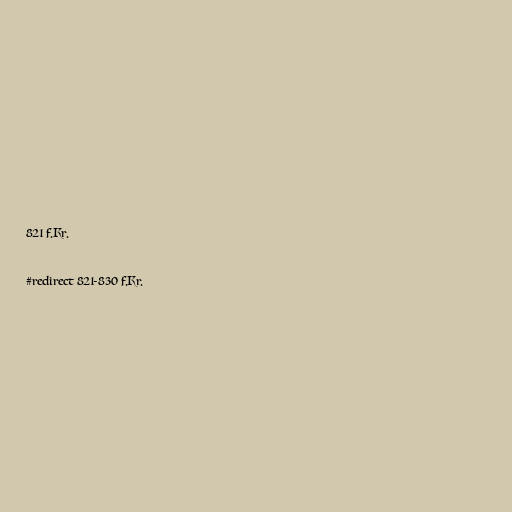
821 f.Kr.

#redirect 821-830 f.Kr.